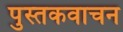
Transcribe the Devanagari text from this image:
पुस्तकवाचन